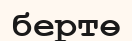
бертө